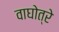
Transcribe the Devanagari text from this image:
वाघोत्रे